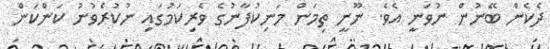
ދެކެން ބޭނުން ނުވަނީ އެވެ. ނޫނީ ތިމަން މަނިކުފާނުގެ ވެރިކަމުގައި ނުކުރެވުނު ކަންކަން